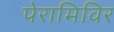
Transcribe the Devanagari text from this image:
पेरामिविर